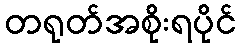
တရုတ်အစိုးရပိုင်